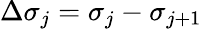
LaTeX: \Delta\sigma_{j}=\sigma_{j}-\sigma_{j+1}